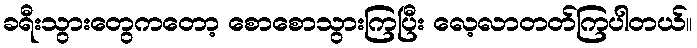
ခရီးသွားတွေကတော့ စောစောသွားကြပြီး လေ့လာတတ်ကြပါတယ်။